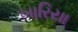
ખારિયા